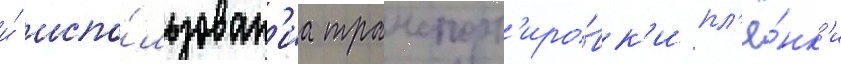
и́ испо́льзован'иа транспорт'иро́вк'и пл'ё́нк'и